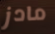
مادز